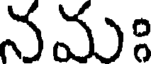
నమః